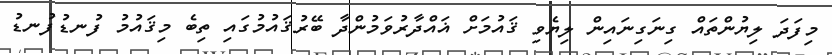
މިފަދަ ލިޔުންތައް ގިނަގިނައިން ލިޔެވި ޤައުމަށް ޣައްދާރުވަމުންދާ ބޭރުޤައުމުގައި ތިބެ މިޤައުމު ފުނޑުފުނޑު